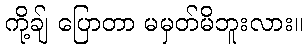
ကို့ချ် ပြောတာ မမှတ်မိဘူးလား။